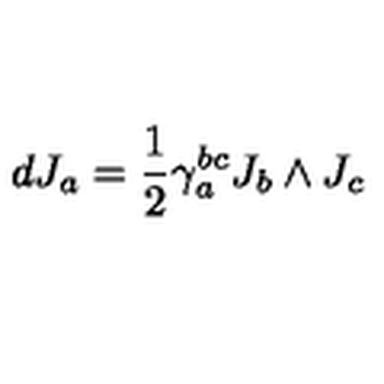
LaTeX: d J _ { a } = { \frac { 1 } { 2 } } \gamma _ { a } ^ { b c } J _ { b } \wedge J _ { c }